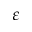
\varepsilon